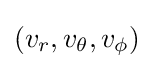
(v_{r},v_{\theta },v_{\phi })